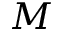
M